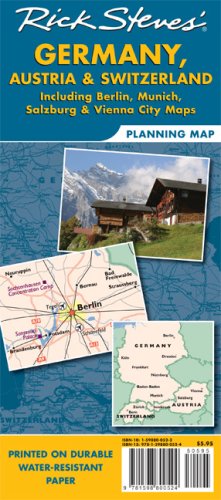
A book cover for Rick Steves' Germany, Austria, and Switzerland Map: Including Berlin, Munich, Salzburg and Vienna City; Rick Steves; Travel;